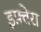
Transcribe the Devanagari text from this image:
इफ़्तेरा